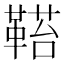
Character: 𩌂